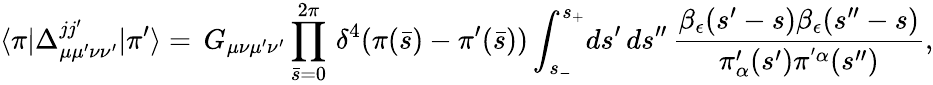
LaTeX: \langle\pi|\Delta_{\mu\mu^{\prime}\nu\nu^{\prime}}^{jj^{\prime}}|\pi^{\prime}\rangle=\, G_{\mu\nu\mu^{\prime}\nu^{\prime}}\prod_{\bar{s}=0}^{2\pi}\, \delta^{4}(\pi(\bar{s})-\pi^{\prime}(\bar{s}))\int_{s_{-}}^{s_{+}}\! ds^{\prime}\, ds^{\prime\prime}\, {\frac{\beta_{\epsilon}(s^{\prime}-s)\beta_{\epsilon}(s^{\prime\prime}-s)}{\pi_{\alpha}^{\prime}(s^{\prime})\pi^{'\alpha}(s^{\prime\prime})}},